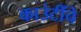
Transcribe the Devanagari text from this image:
काउंटींचे